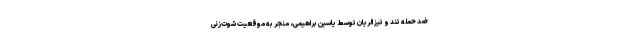
ضد حمله تند و تیز الریان توسط یاسین براهیمی، منجر به موقعیت شوت‌زنی